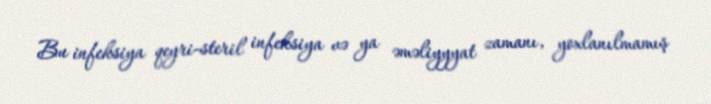
Bu infeksiya qeyri-steril infeksiya və ya əməliyyyat zamanı, yoxlanılmamış